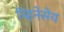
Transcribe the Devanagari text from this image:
च्हिनेसेय